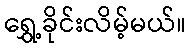
ရွှေ့ခိုင်းလိမ့်မယ်။